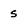
Character: s